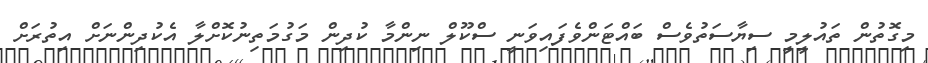
މިގޮތުން ތައުލީމީ ސިޔާސަތުވެސް ބައްޓަންވެފައިވަނީ ސްކޫލް ނިންމާ ކުދިން މަގުމަތިނުކޮށްލާ އެކުދިންނަށް އިތުރަށް